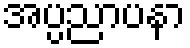
အပ္ပညာပနာ